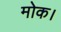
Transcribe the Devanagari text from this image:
मोक।